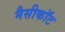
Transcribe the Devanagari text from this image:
मैसीकॉट